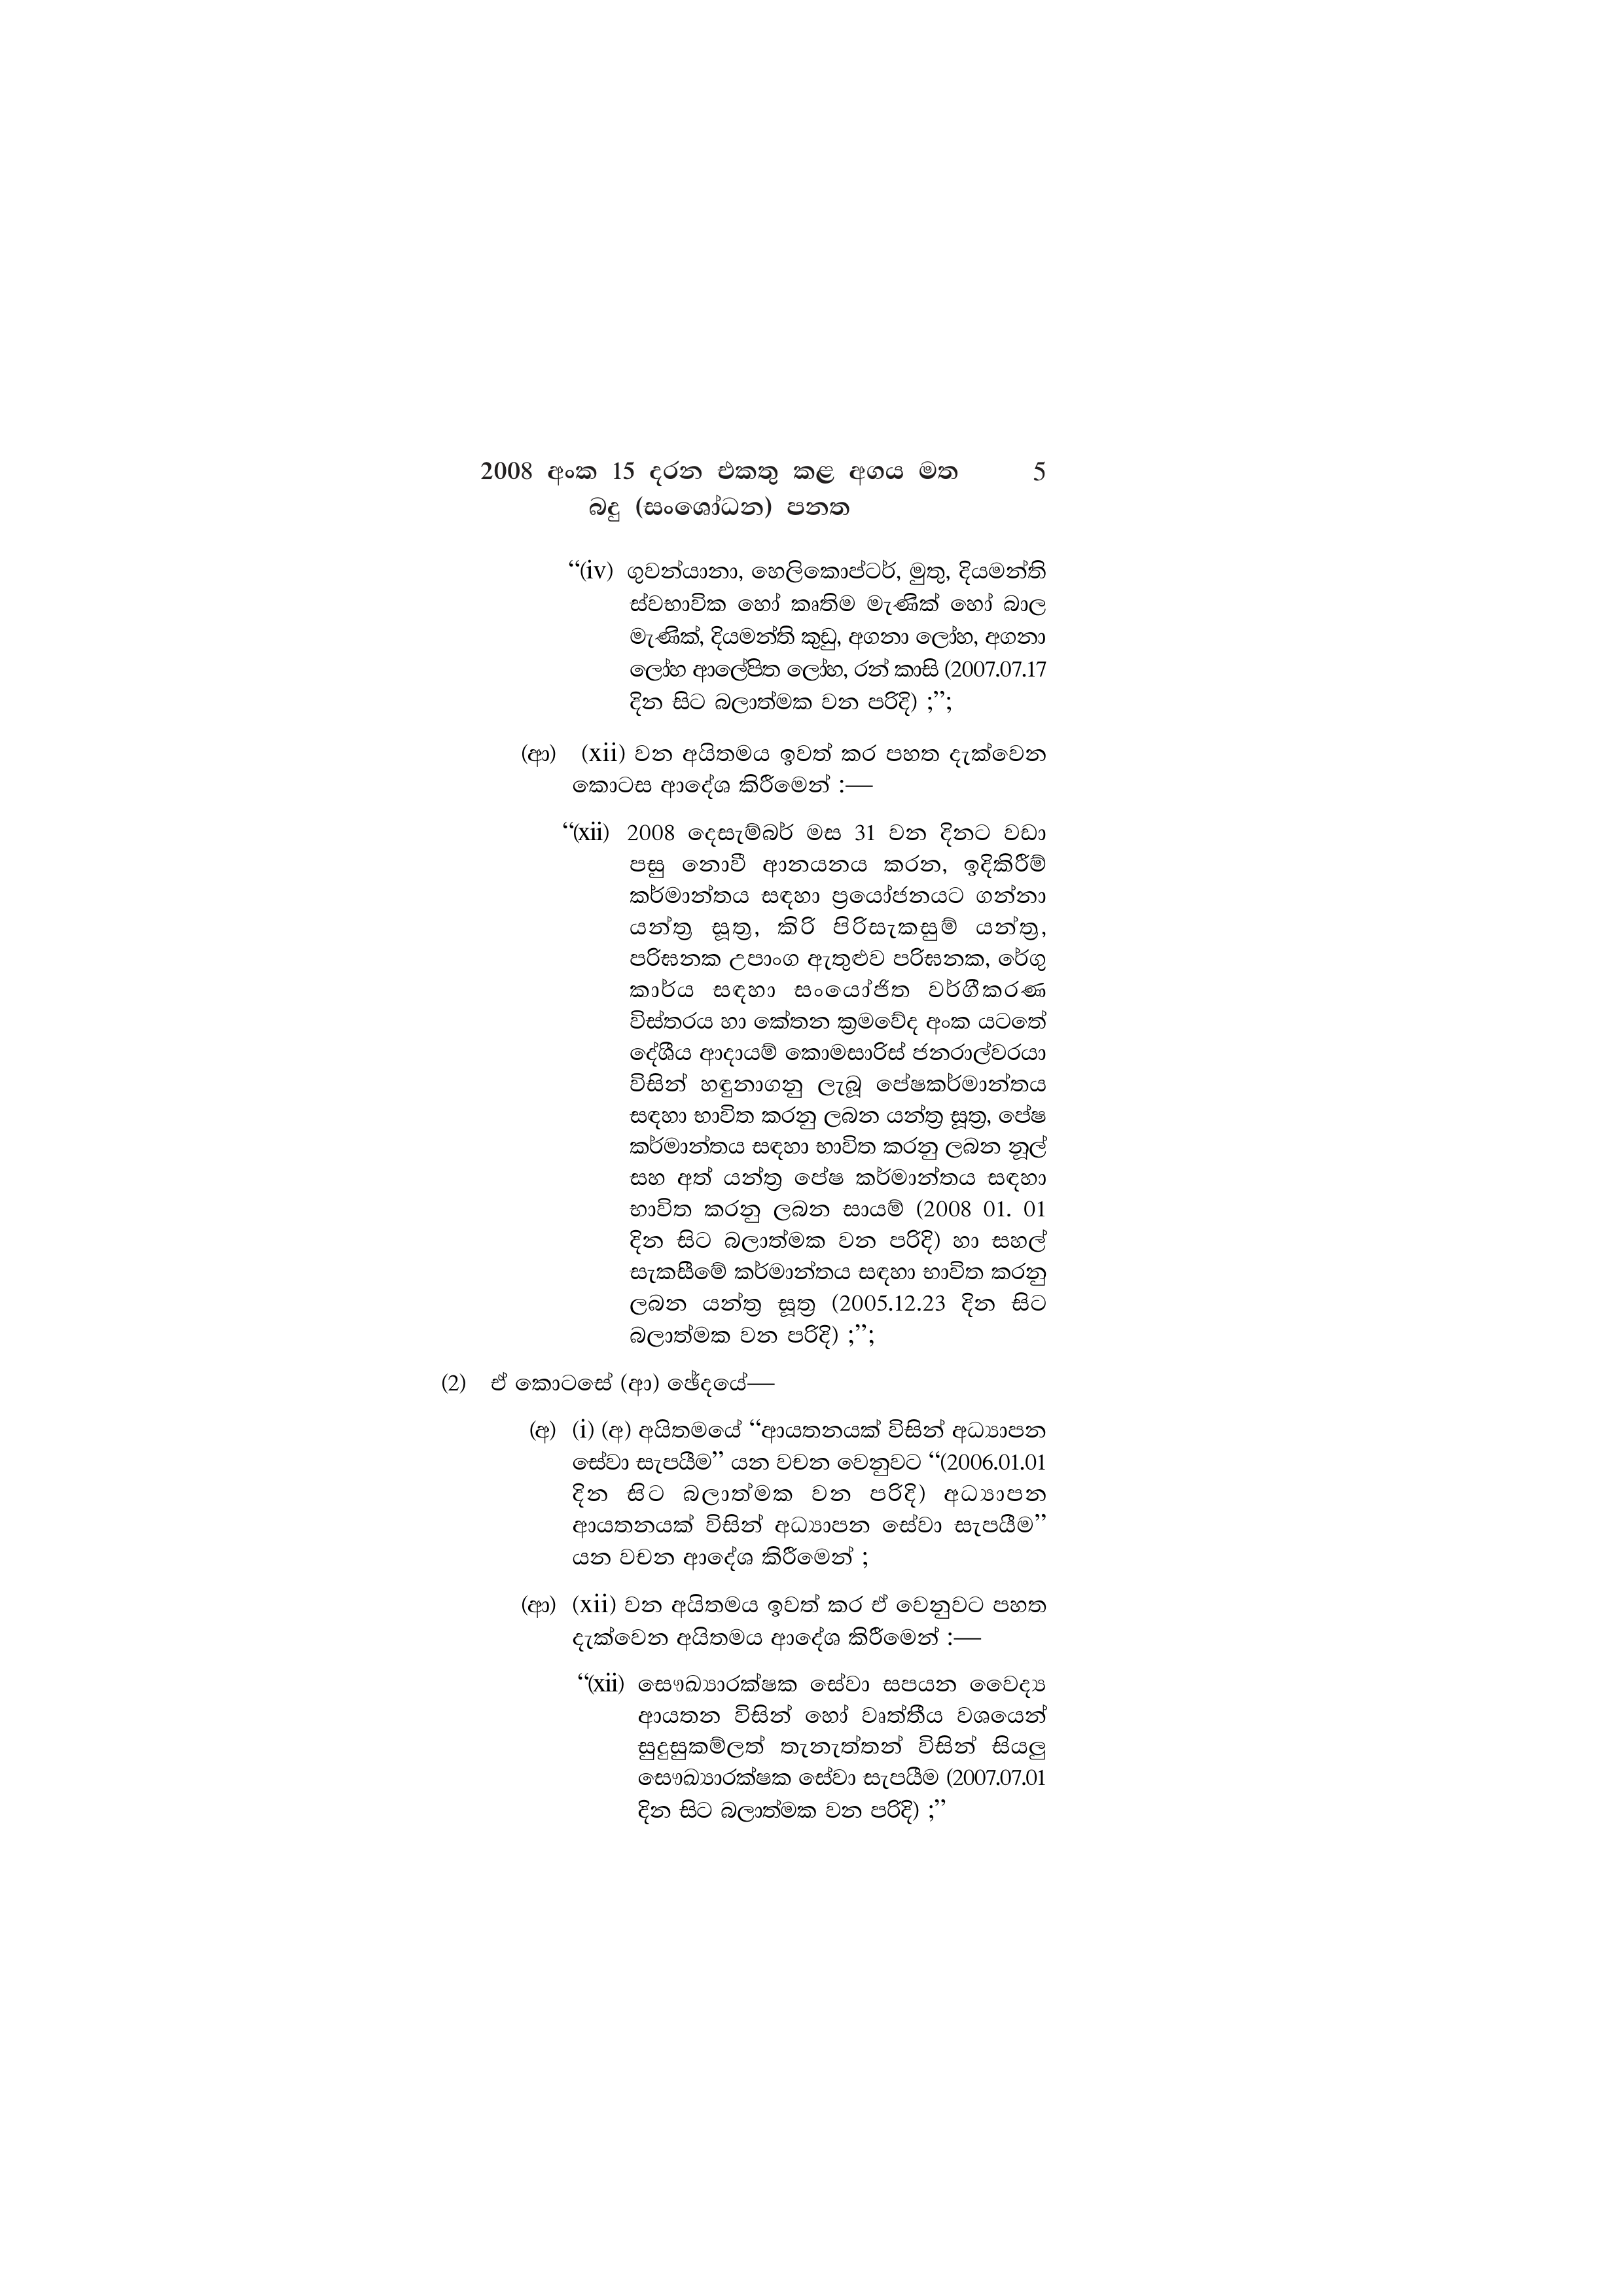
2008 අංක 15 දරන එකතු කළ අගය මත 5
බදු (සංශෝධන) පනත

"(iv) ගුවන්යානා, හෙලිකොප්ටර්, මුතු, දියමන්ති
ස්වභාවික හෝ කෘතිම මැණික් හෝ බාල
මැණික්, දියමන්ති කුඩු, අගනා ලෝහ, අගනා
ලෝහ ආලේපිත ලෝහ, රන් කාසි (2007.07.17
දින සිට බලාත්මක වන පරිදි) ;”;

(ආ) (xii) වන අයිතමය ඉවත් කර පහත දැක්වෙන
කොටස ආදේශ කිරීමෙන් :—

“(xii) 2008 දෙසැම්බර් මස 31 වන දිනට වඩා
පසු නොවී ආනයනය කරන, ඉදිකිරීම්
කර්මාන්තය සඳහා ප්‍රයෝජනයට ගන්නා
යන්ත්‍ර සූත්‍ර, කිරි පිරිසැකසුම් යන්ත්‍ර,
පරිඝනක උපාංග ඇතුළුව පරිඝනක, රේගු
කාර්ය සඳහා සංයෝජිත වර්ගීකරණ
විස්තරය හා කේතන ක්‍රමවේද අංක යටතේ
දේශීය ආදායම් කොමසාරිස් ජනරාල්වරයා
විසින් හඳුනාගනු ලැබූ පේෂකර්මාන්තය
සඳහා භාවිත කරනු ලබන යන්ත්‍ර සූත්‍ර, පේෂ
කර්මාන්තය සඳහා භාවිත කරනු ලබන නූල්
සහ අත් යන්ත්‍ර පේෂ කර්මාන්තය සඳහා
භාවිත කරනු ලබන සායම් (2008 01. 01
දින සිට බලාත්මක වන පරිදි) හා සහල්
සැකසීමේ කර්මාන්තය සඳහා භාවිත කරනු
ලබන යන්ත්‍ර සූත්‍ර (2005.12.23 දින සිට
බලාත්මක වන පරිදි) ;”;

(2) ඒ කොටසේ (ආ) ඡේදයේ—

(අ) (i) (අ) අයිතමයේ “ආයතනයක් විසින් අධ්‍යාපන
සේවා සැපයීම” යන වචන වෙනුවට “(2006.01.01
දින සිට බලාත්මක වන පරිදි) අධ්‍යාපන
ආයතනයක් විසින් අධ්‍යාපන සේවා සැපයීම”
යන වචන ආදේශ කිරීමෙන් ;

(ආ) (xii) වන අයිතමය ඉවත් කර ඒ වෙනුවට පහත
දැක්වෙන අයිතමය ආදේශ කිරීමෙන් :—

“(xii) සෞඛ්‍යාරක්ෂක සේවා සපයන වෛද්‍ය
ආයතන විසින් හෝ වෘත්තීය වශයෙන්
සුදුසුකම්ලත් තැනැත්තන් විසින් සියලු
සෞඛ්‍යාරක්ෂක සේවා සැපයීම (2007.07.01
දින සිට බලාත්මක වන පරිදි) ;”